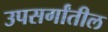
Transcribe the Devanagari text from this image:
उपसर्गांतील